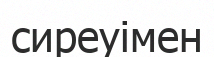
сиреуімен